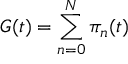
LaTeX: G ( t ) = \sum _ { n = 0 } ^ { N } \pi _ { n } ( t )